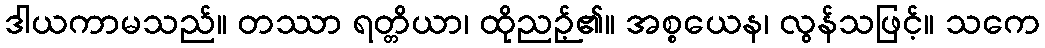
ဒါယကာမသည်။ တဿာ ရတ္တိယာ၊ ထိုညဉ့်၏။ အစ္စယေန၊ လွန်သဖြင့်။ သကေ